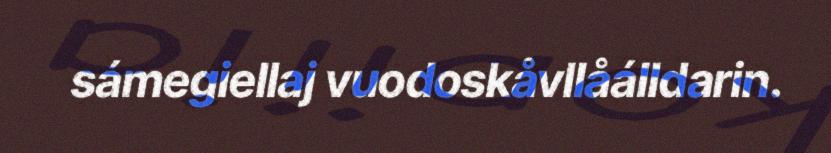
sámegiellaj vuodoskåvllåálldarin.